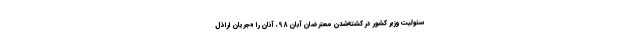
سئولیت وزیر کشور در کشته‌شدن معترضان آبان 98، آنان را «جریان اراذل